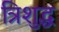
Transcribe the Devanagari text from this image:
त्रिशुद्ध